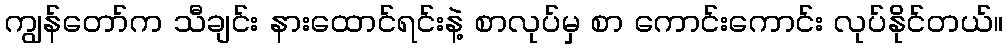
ကျွန်တော်က သီချင်း နားထောင်ရင်းနဲ့ စာလုပ်မှ စာ ကောင်းကောင်း လုပ်နိုင်တယ်။